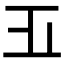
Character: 𣥄